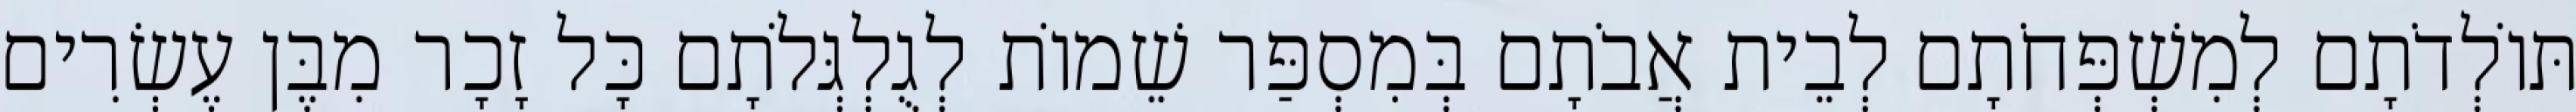
תּוֹלְדֹתָם לְמִשְׁפְּחֹתָם לְבֵית אֲבֹתָם בְּמִסְפַּר שֵׁמוֹת לְגֻלְגְּלֹתָם כָּל זָכָר מִבֶּן עֶשְׂרִים